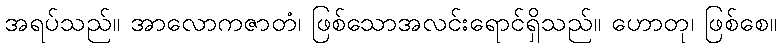
အရပ်သည်။ အာလောကဇာတံ၊ ဖြစ်သောအလင်းရောင်ရှိသည်။ ဟောတု၊ ဖြစ်စေ။